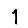
Digit: 1